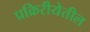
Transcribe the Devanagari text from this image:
प्रक्रिरीयेतील